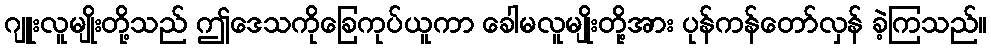
ဂျူးလူမျိုးတို့သည် ဤဒေသကိုခြေကုပ်ယူကာ ခေါမလူမျိုးတို့အား ပုန်ကန်တော်လှန် ခဲ့ကြသည်။